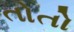
તોતો